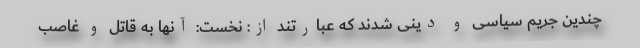
چندین جریم سیاسی و دینی شدند که عبارتند از: نخست: آنها به قاتل و غاصب